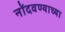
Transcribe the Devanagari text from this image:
नोंदवण्याच्या